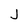
Character: j